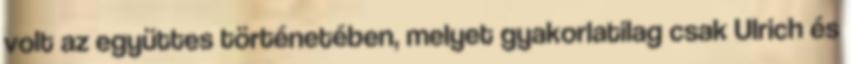
volt az együttes történetében, melyet gyakorlatilag csak Ulrich és